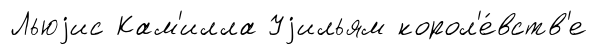
Льюjис Кам'илла Уjильям корол'е́вств'е